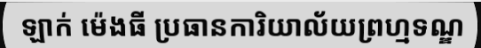
ឡាក់ ម៉េងធី ប្រធានការិយាល័យព្រហ្មទណ្ឌ